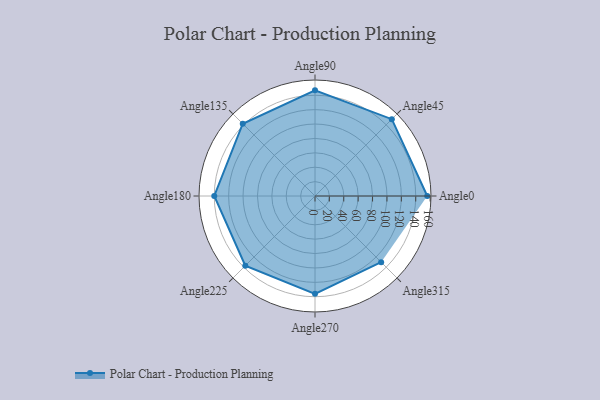
{"axis": {"x": "Angle", "y": "Radius"}, "legend": [""], "data": [{"x": "Angle0", "y": 156.0, "type": ""}, {"x": "Angle45", "y": 151.0, "type": ""}, {"x": "Angle90", "y": 147.0, "type": ""}, {"x": "Angle135", "y": 142.0, "type": ""}, {"x": "Angle180", "y": 140.0, "type": ""}, {"x": "Angle225", "y": 137.0, "type": ""}, {"x": "Angle270", "y": 136.0, "type": ""}, {"x": "Angle315", "y": 130.0, "type": ""}]}